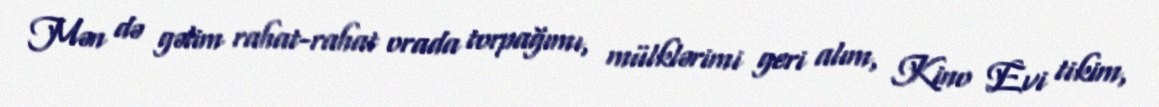
Mən də gəlim rahat-rahat orada torpağımı, mülklərimi geri alım, Kino Evi tikim,